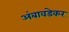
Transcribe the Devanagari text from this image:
अंबावडेकर